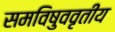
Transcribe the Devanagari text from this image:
समविषुववृतीय